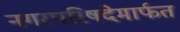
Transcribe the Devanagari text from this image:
नगरपरिषदेमार्फत